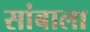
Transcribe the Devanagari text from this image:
सांबाला